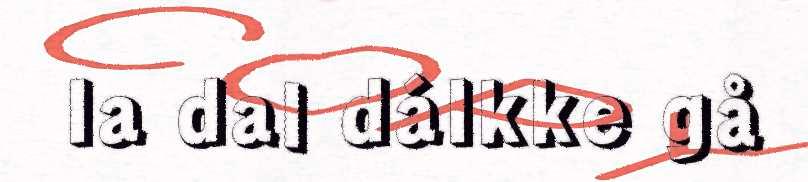
la dal dálkke gå